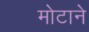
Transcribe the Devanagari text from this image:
मोटाने